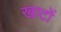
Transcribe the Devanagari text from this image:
खाटों